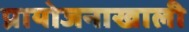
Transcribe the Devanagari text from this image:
प्रायोजनाखाली